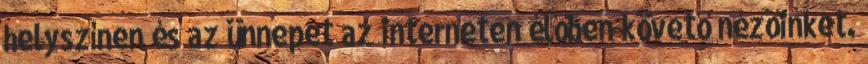
helyszínen és az ünnepet az interneten élőben követő nézőinket.